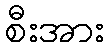
စီးအား